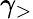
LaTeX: \gamma_{>}